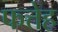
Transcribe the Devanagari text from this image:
फत्तेह